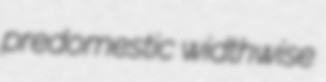
predomestic widthwise